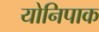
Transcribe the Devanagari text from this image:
योनिपाक